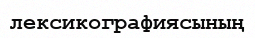
лексикографиясының